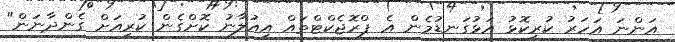
އަންނަ އަހަރު ކުރީކޮޅު އަޅުގަނޑުމެން އެ ޕްރޮޖެކްޓްތައް އިއުލާނު ކޮށްގެން ކުރިއަށް ގެންދާނަން"